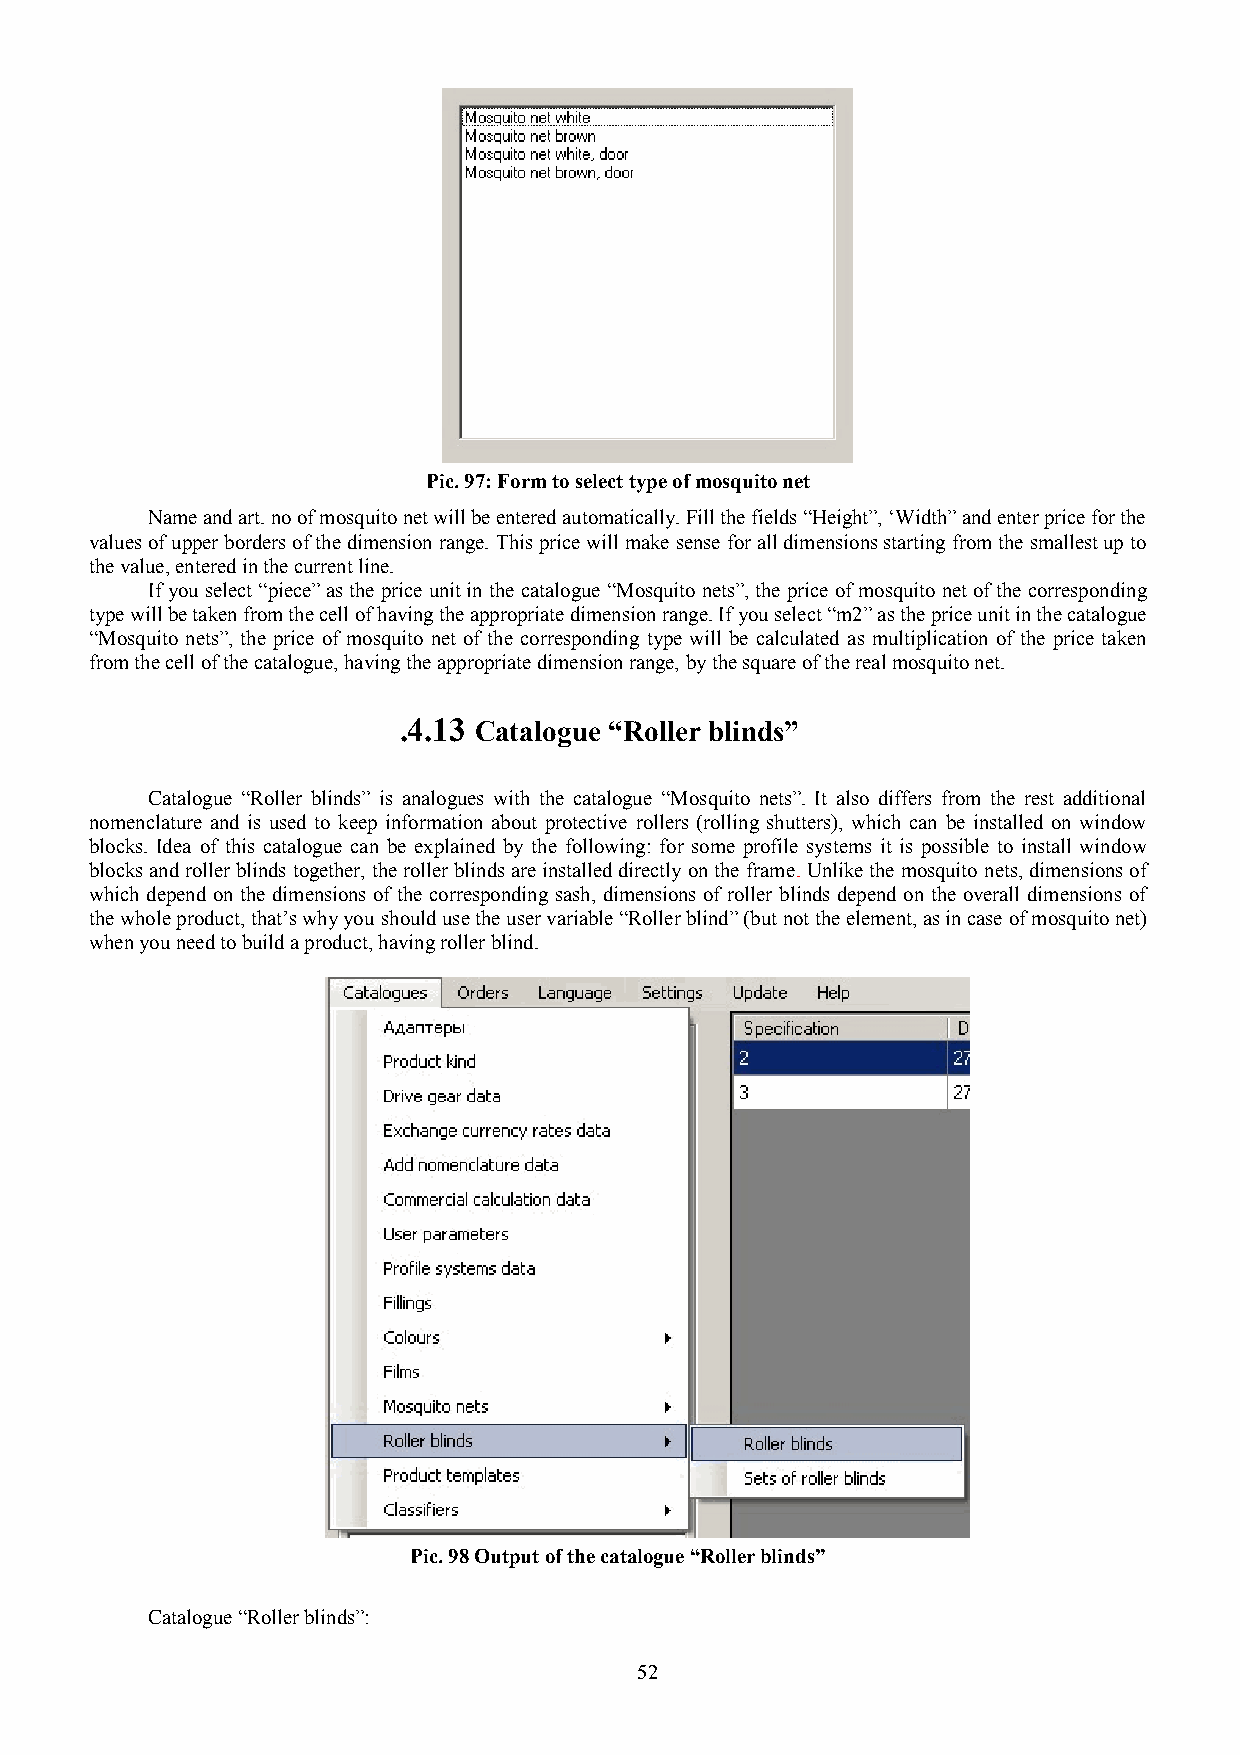
Pic. 97: Form to select type of mosquito net
 Name and art. no of mosquito net will be entered automatically. Fill the fields “Height”, ‘Width” and enter price for the
 values of upper borders of the dimension range. This price will make sense for all dimensions starting from the smallest up to
 the value, entered in the current line.
 If you select “piece” as the price unit in the catalogue “Mosquito nets”, the price of mosquito net of the corresponding
 type will be taken from the cell of having the appropriate dimension range. If you select “m2” as the price unit in the catalogue
 “Mosquito nets”, the price of mosquito net of the corresponding type will be calculated as multiplication of the price taken
 from the cell of the catalogue, having the appropriate dimension range, by the square of the real mosquito net.
 .4.13 Catalogue “Roller blinds”
 Catalogue “Roller blinds” is analogues with the catalogue “Mosquito nets”. It also differs from the rest additional
 nomenclature and is used to keep information about protective rollers (rolling shutters), which can be installed on window
 blocks. Idea of this catalogue can be explained by the following: for some profile systems it is possible to install window
 blocks and roller blinds together, the roller blinds are installed directly on the frame. Unlike the mosquito nets, dimensions of
 which depend on the dimensions of the corresponding sash, dimensions of roller blinds depend on the overall dimensions of
 the whole product, that’s why you should use the user variable “Roller blind” (but not the element, as in case of mosquito net)
 when you need to build a product, having roller blind.
 Pic. 98 Output of the catalogue “Roller blinds”
 Catalogue “Roller blinds”:
 52